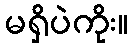
မရှိပဲကိုး။